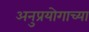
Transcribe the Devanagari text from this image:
अनुप्रयोगाच्या